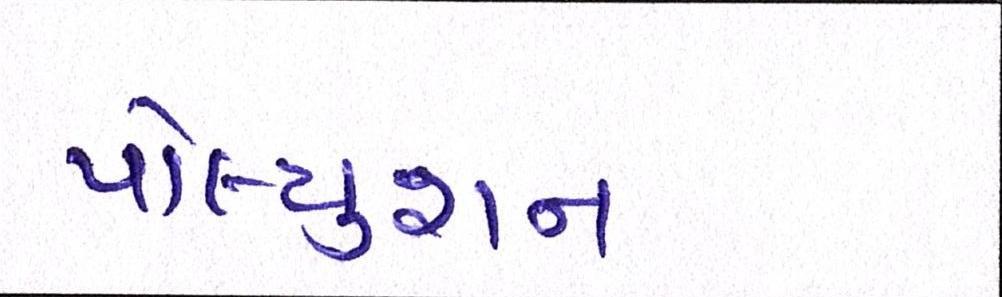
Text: પોલ્યુશન